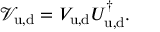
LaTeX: { \mathcal V } _ { \mathrm { u , d } } = V _ { \mathrm { u , d } } U _ { \mathrm { u , d } } ^ { \dagger } .